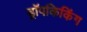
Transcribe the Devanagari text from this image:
ड्रॉपकिकिंग